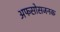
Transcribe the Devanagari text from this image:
अफसोसजनक